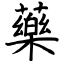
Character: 藥